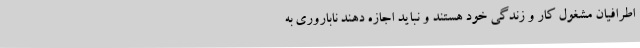
اطرافیان مشغول کار و زندگی خود هستند و نباید اجازه دهند ناباروری به